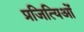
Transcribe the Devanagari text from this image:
प्रजित्यिओं